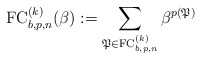
\begin{gather*}{\rm FC}^{(k)}_{b,p,n}(\beta):= \sum_{\mathfrak{P} \in {\rm FC}_{b,p,n}^{(k)}}\beta^{p(\mathfrak{P})}\end{gather*}